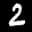
Digit: 2